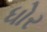
ધોર